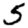
Digit: 5